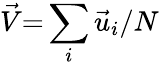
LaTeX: \vec{V}{=}\sum_{i}\vec{u}_{i}/N